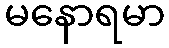
မနောရမာ